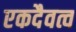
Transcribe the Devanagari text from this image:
एकदैवत्व